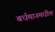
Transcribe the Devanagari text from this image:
बर्धमानमधील